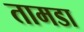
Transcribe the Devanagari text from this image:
तामडा